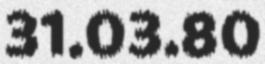
31.03.80